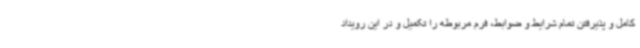
کامل و پذیرفتن تمام شرایط و ضوابط، فرم مربوطه را تکمیل و در این رویداد